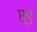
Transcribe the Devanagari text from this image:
प्त्ए